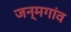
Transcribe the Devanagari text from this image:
जन्मगांव